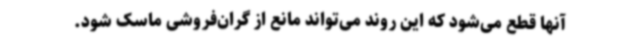
آنها قطع می‌شود که این روند می‌تواند مانع از گران‌فروشی ماسک شود.